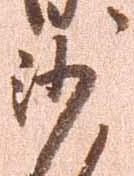
沙